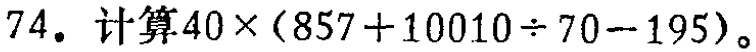
$74. 计算40\times(857 + 10010\div70 - 195)$。